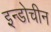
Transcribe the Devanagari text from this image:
इन्डोचीन